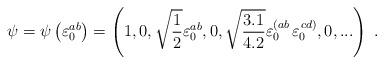
LaTeX: \begin{align*}\psi=\psi\left(\varepsilon^{ab}_0\right)=\left(1,0,\sqrt{{1\over2}}\varepsilon^{ab}_0,0,\sqrt{{3.1\over4.2}}\varepsilon^{\left(ab\right.}_0 \varepsilon^{\left.cd\right)}_0,0,...\right)\;.\end{align*}